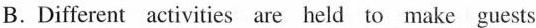
B.Different activities are held to make guests